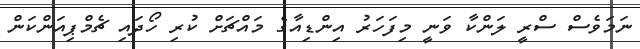
ނަމަވެސް ސްރީ ލަންކާ ވަނީ މިފަހަރު އިންޑިއާގެ މައްޗަށް ކުރި ހޯދައި ޗެމްޕިއަންކަން